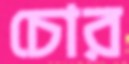
চোর